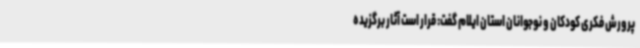
پرورش فکری کودکان و نوجوانان استان ایلام گفت: قرار است آثار برگزیده